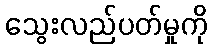
သွေးလည်ပတ်မှုကို